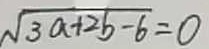
\sqrt { 3 a + 2 b - 6 } = 0